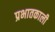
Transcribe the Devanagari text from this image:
प्रभातकाली